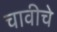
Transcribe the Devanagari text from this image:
चावीचे